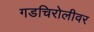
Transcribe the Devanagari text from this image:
गडचिरोलीवर